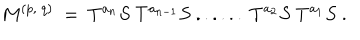
M ^ { ( p , ~ q ) } ~ = ~ T ^ { a _ { n } } S ~ T ^ { a _ { n - 1 } } S ~ . . . . . . ~ T ^ { a _ { 2 } } S ~ T ^ { a _ { 1 } } S ~ .